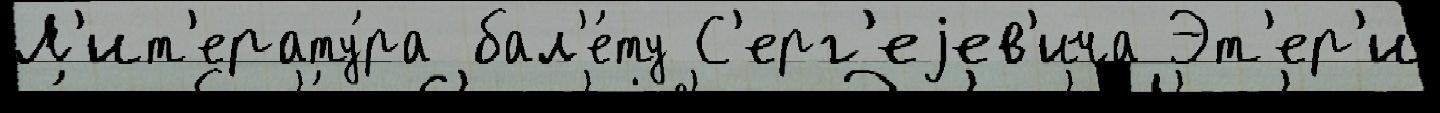
Л'ит'ерату́ра бал'е́ту С'ерг'еjев'ича Эт'ер'и